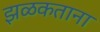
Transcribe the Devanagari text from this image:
झळकताना